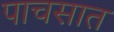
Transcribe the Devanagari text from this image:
पाचसात